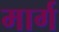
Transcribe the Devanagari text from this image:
मार्ग